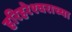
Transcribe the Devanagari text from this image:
हरिहरेश्‍वराच्या